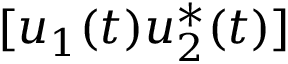
[ u _ { 1 } ( t ) u _ { 2 } ^ { * } ( t ) ]